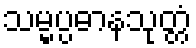
သမ္မပ္ပဓာနသုတ္တံ